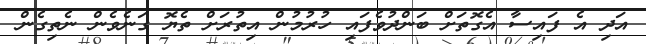
އަދި އެ ފައިސާ އެގޮތަށް ބަންދުވެފައި ހުރުމުން އިތުރަށް ތެޔޮ ގަނެވެން ނެތިގެން